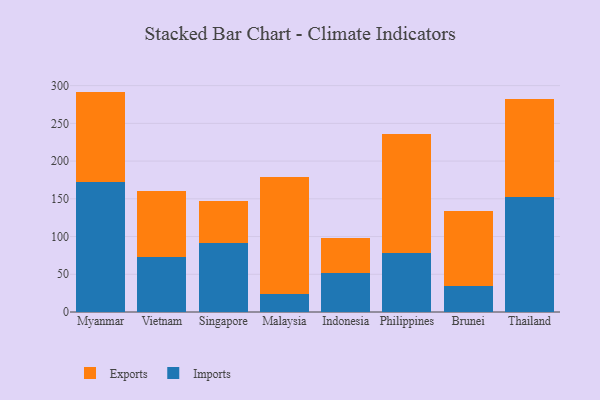
{"axis": {"x": "Country", "y": "Conversion Rate (%)"}, "legend": ["Exports", "Imports"], "data": [{"x": "Myanmar", "y": 172.2, "type": "Imports"}, {"x": "Myanmar", "y": 119.9, "type": "Exports"}, {"x": "Vietnam", "y": 73.1, "type": "Imports"}, {"x": "Vietnam", "y": 87.3, "type": "Exports"}, {"x": "Singapore", "y": 91.8, "type": "Imports"}, {"x": "Singapore", "y": 55.6, "type": "Exports"}, {"x": "Malaysia", "y": 23.8, "type": "Imports"}, {"x": "Malaysia", "y": 154.5, "type": "Exports"}, {"x": "Indonesia", "y": 51.9, "type": "Imports"}, {"x": "Indonesia", "y": 46.7, "type": "Exports"}, {"x": "Philippines", "y": 77.7, "type": "Imports"}, {"x": "Philippines", "y": 158.5, "type": "Exports"}, {"x": "Brunei", "y": 34.6, "type": "Imports"}, {"x": "Brunei", "y": 99.7, "type": "Exports"}, {"x": "Thailand", "y": 153.0, "type": "Imports"}, {"x": "Thailand", "y": 129.0, "type": "Exports"}]}